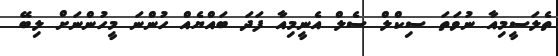
ތެލަސީމިއާ ނުވަތަ ސިކްލް ސެލް އެނީމިއާ ފަދަ ބައްޔެއް ހުންނަ މީހުންނަށް ލިބޭ